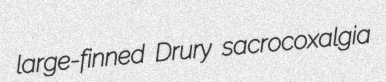
large-finned Drury sacrocoxalgia